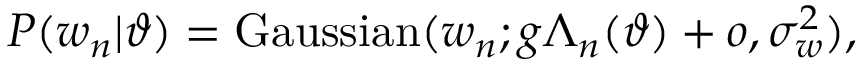
P ( w _ { n } | \vartheta ) = \mathrm { G a u s s i a n } ( w _ { n } ; g \Lambda _ { n } ( \vartheta ) + o , \sigma _ { w } ^ { 2 } ) ,